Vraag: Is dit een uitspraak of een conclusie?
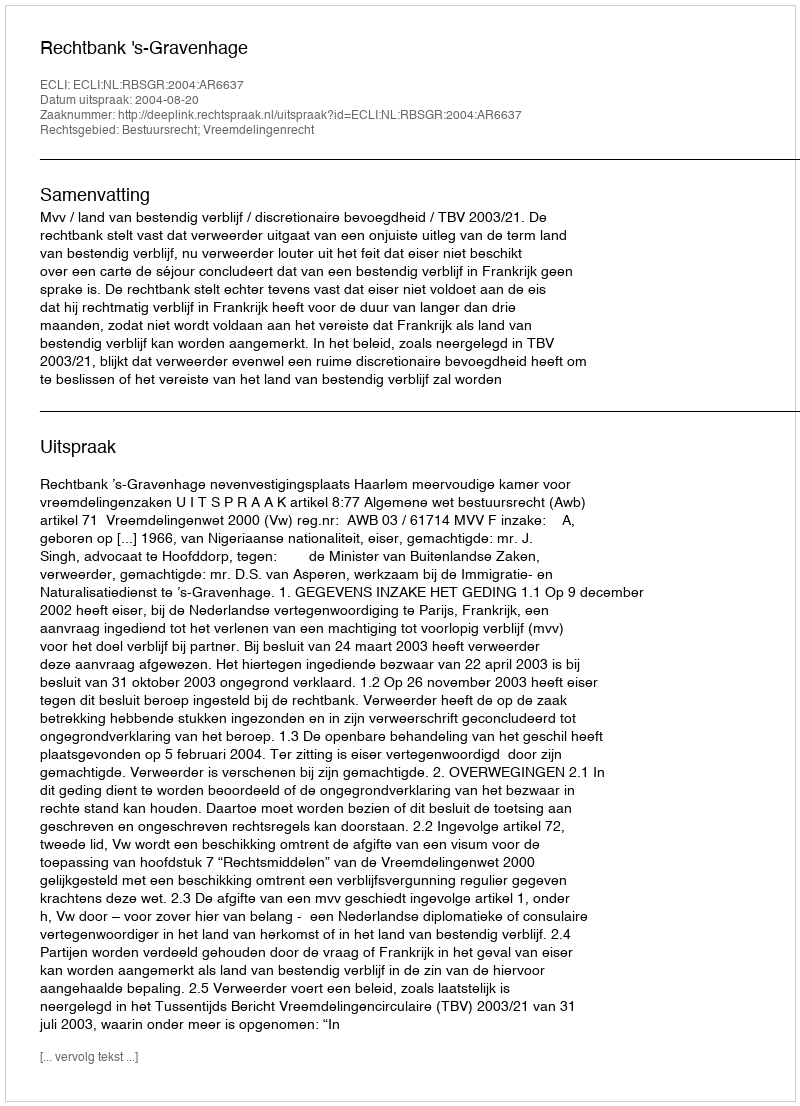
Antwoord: Uitspraak